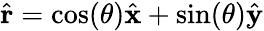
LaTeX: {\hat{\mathbf{r}}}=\cos(\theta){\hat{\mathbf{x}}}+\sin(\theta){\hat{\mathbf{y}}}